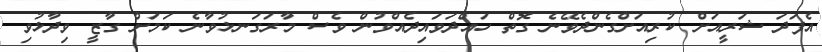
އެފަދަ ޝަރީއަށް ކުރިއަށްގެންދެވޭނެ ގޮތް ހައްދަވައިދެއްވުން ވެސް މާރަގަނޅުވާނެ ކަމަށް ގާޒީ ވިދާޅުވި